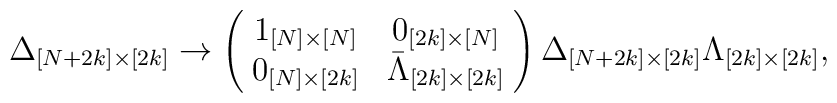
\Delta_{[N+2k]\times[2k]} \rightarrow \left( \! \begin{array}{cc}1_{[N]\times[N]} & 0_{[2k]\times[N]} \\0_{[N]\times[2k]} & \bar{\Lambda}_{[2k]\times[2k]} \end{array} \! \right) \Delta_{[N+2k]\times[2k]}\Lambda_{[2k]\times[2k]},